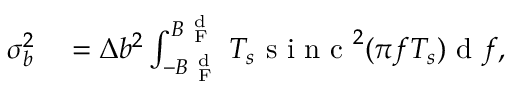
\begin{array} { r l } { \sigma _ { b } ^ { 2 } } & { { } = \Delta b ^ { 2 } \int _ { - B _ { \mathrm { ~ F ~ } } ^ { \mathrm { ~ d ~ } } } ^ { B _ { \mathrm { ~ F ~ } } ^ { \mathrm { ~ d ~ } } } T _ { s } \mathrm { ~ s ~ i ~ n ~ c ~ } ^ { 2 } ( \pi f T _ { s } ) \mathrm { ~ d ~ } f , } \end{array}